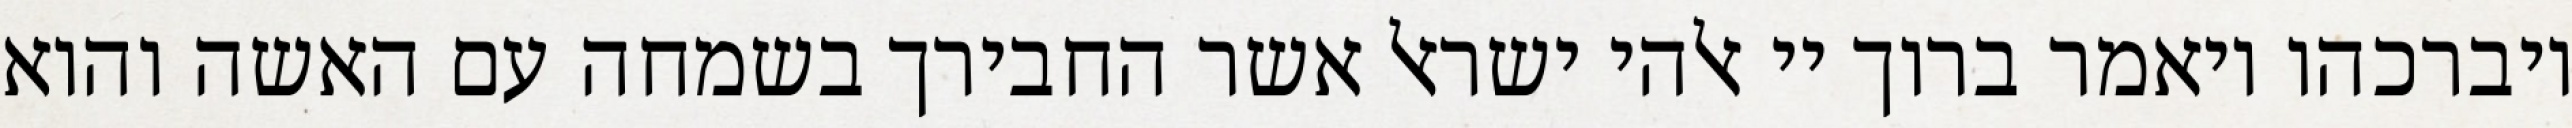
ויברכהו ויאמר ברוך יי אלהי ישראל אשר החבירך בשמחה עם האשה והוא